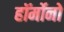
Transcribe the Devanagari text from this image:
हॉर्मोनो